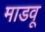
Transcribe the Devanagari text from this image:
माडवू